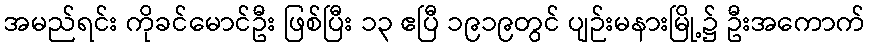
အမည်ရင်း ကိုခင်မောင်ဦး ဖြစ်ပြီး ၁၃ ဧပြီ ၁၉၁၉တွင် ပျဉ်းမနားမြို့၌ ဦးအကောက်